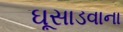
ઘૂસાડવાના